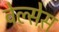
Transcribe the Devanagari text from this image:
वेल्सेस